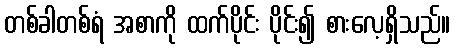
တစ်ခါတစ်ရံ အစာကို ထက်ပိုင်း ပိုင်း၍ စားလေ့ရှိသည်။